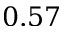
0 . 5 7